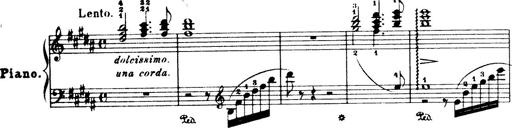
Title: Wagner-Liszt Album
Composer: Franz Liszt